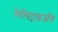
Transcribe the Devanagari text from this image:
कैल्सिट्राइऑल